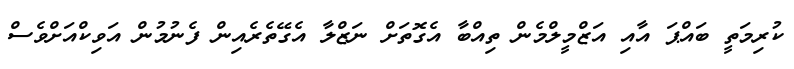
ކުރިމަތީ ބައްޕަ އާއި އަޒްމީލްމެން ތިއްބާ އެގޮތަށް ނަޒްލާ އެގޭތެރެއިން ފެނުމުން އަވިކްއަށްވެސް